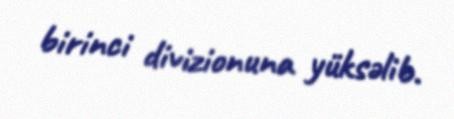
birinci divizionuna yüksəlib.